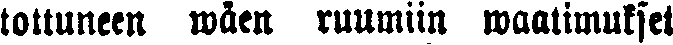
tottuneen wäen ruumiin waatimukset